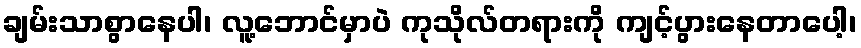
ချမ်းသာစွာနေပါ၊ လူ့ဘောင်မှာပဲ ကုသိုလ်တရားကို ကျင့်ပွားနေတာပေါ့၊